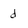
Character: d